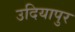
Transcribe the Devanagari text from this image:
उदियापुर